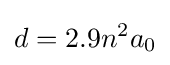
d=2.9n^{2}a_{0}